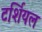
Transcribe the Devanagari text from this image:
टर्शियल